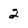
Character: 2